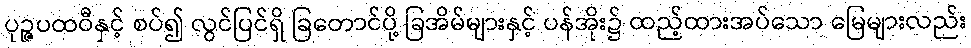
ပုဉ္ဇပထဝီနှင့် စပ်၍ လွင်ပြင်ရှိ ခြတောင်ပို့ ခြအိမ်များနှင့် ပန်အိုး၌ ထည့်ထားအပ်သော မြေများလည်း